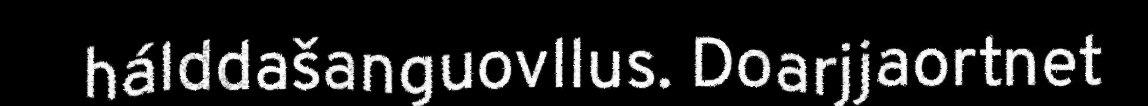
hálddašanguovllus. Doarjjaortnet